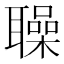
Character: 𦗵